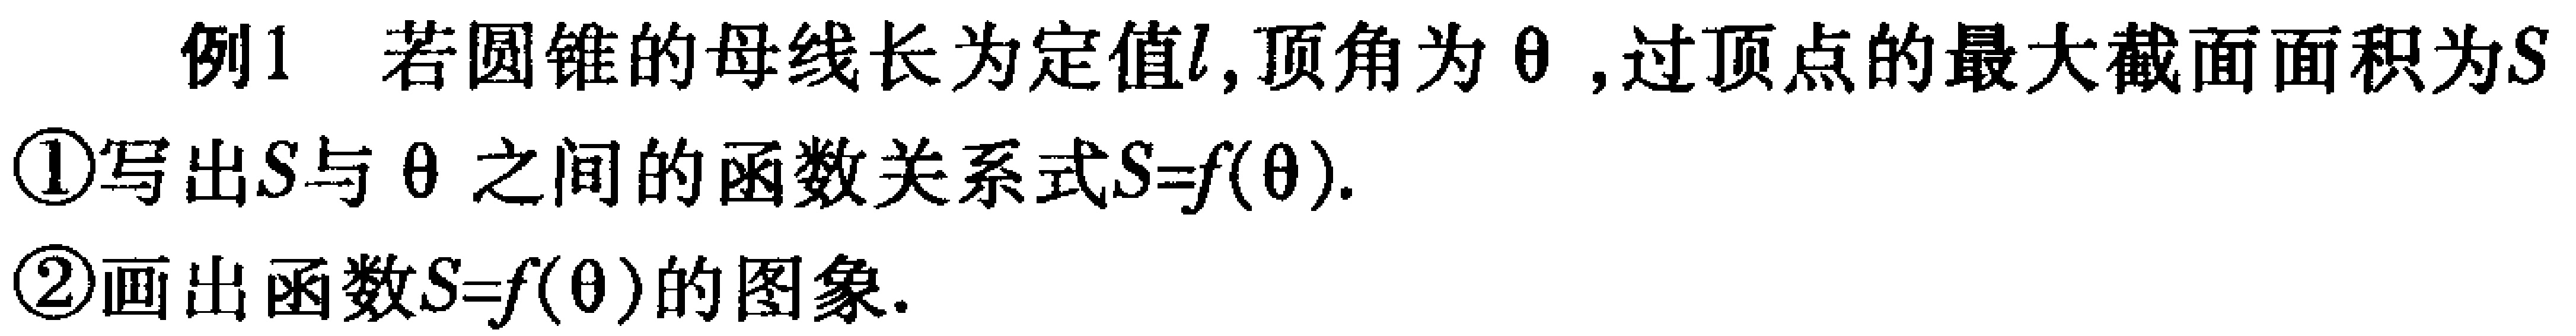
例1 若圆锥的母线长为定值\(l\)，顶角为\(\theta\)，过顶点的最大截面面积为\(S\)
\textcircled{1}写出\(S\)与\(\theta\)之间的函数关系式\(S = f(\theta)\).
\textcircled{2}画出函数\(S = f(\theta)\)的图象.